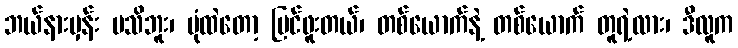
ဘယ်နားမှန်း မသိဘူး၊ ပုံထဲတော့ မြင်ဖူးတယ်၊ တစ်ယောက်နဲ့ တစ်ယောက် တူရဲ့လား၊ ဒီလူက